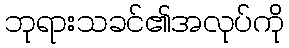
ဘုရားသခင်၏အလုပ်ကို